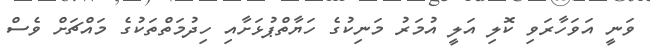
ވަނީ އަވަހާރަވި ކޮލި އަލީ އުމަރު މަނިކުގެ ހަޔާތްޕުޅަށާއި ހިދުމަތްތަކުގެ މައްޗަށް ވެސް